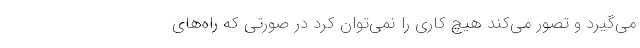
می‌گیرد و تصور می‌کند هیچ کاری را نمی‌توان کرد در صورتی که راه‌های